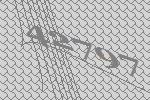
42797